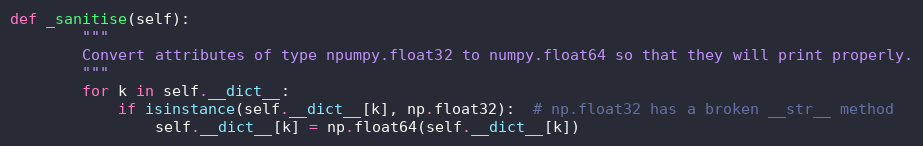
Language: Python
def _sanitise(self):
        """
        Convert attributes of type npumpy.float32 to numpy.float64 so that they will print properly.
        """
        for k in self.__dict__:
            if isinstance(self.__dict__[k], np.float32):  # np.float32 has a broken __str__ method
                self.__dict__[k] = np.float64(self.__dict__[k])